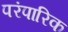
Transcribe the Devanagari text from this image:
परंपारिक